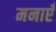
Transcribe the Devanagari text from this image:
मनाएँ